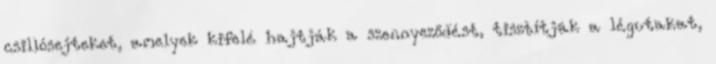
csillósejteket, amelyek kifelé hajtják a szennyeződést, tisztítják a légutakat,